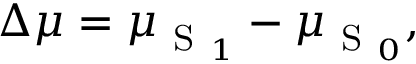
\Delta \boldsymbol { \mu } = \boldsymbol { \mu } _ { \mathrm { ~ S ~ } _ { 1 } } - \boldsymbol { \mu } _ { \mathrm { ~ S ~ } _ { 0 } } ,